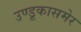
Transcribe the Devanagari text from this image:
उण्डूकासमेर